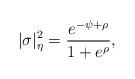
LaTeX: \begin{align*}|\sigma|^2_\eta = \frac {e^{-\psi+\rho}}{1 + e^\rho},\end{align*}